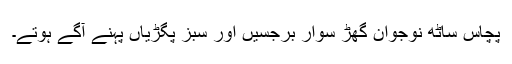
پچاس ساٹھ نوجوان گھڑ سوار برجسیں اور سبز پگڑیاں پہنے آگے ہوتے۔